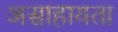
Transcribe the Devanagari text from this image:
असाहायता